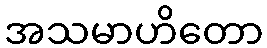
အသမာဟိတော